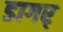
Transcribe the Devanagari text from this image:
डागर्